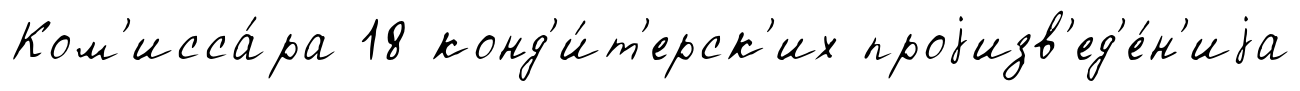
Ком'исса́ра 18 конд'и́т'ерск'их проjизв'ед'е́н'иjа